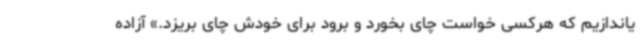
یاندازیم که هرکسی خواست چای بخورد و برود برای خودش چای بریزد.» آزاده